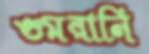
গুমরানি